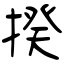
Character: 揆